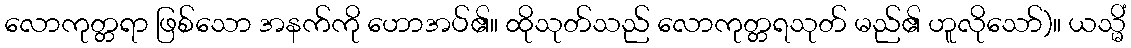
လောကုတ္တရာ ဖြစ်သော အနက်ကို ဟောအပ်၏။ ထိုသုတ်သည် လောကုတ္တရသုတ် မည်၏ ဟူလိုသော်)။ ယသ္မိံ